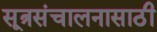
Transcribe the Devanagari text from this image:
सूत्रसंचालनासाठी